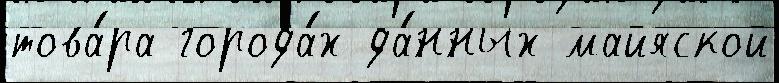
това́ра города́х да́нных майяской